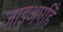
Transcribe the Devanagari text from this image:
जाइअएहिँ